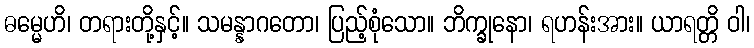
ဓမ္မေဟိ၊ တရားတို့နှင့်။ သမန္နာဂတော၊ ပြည့်စုံသော။ ဘိက္ခုနော၊ ရဟန်းအား။ ယာရတ္တိ ဝါ၊